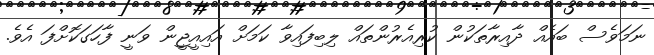
ނަމަވެސް ބައެއް ދާއިރާތަކުން ކުރިއެރުންތައް ލިބިފައިވާ ކަމަށް އައިއީޖީން ވަނީ ފާހަގަކޮށްފަ އެވެ.